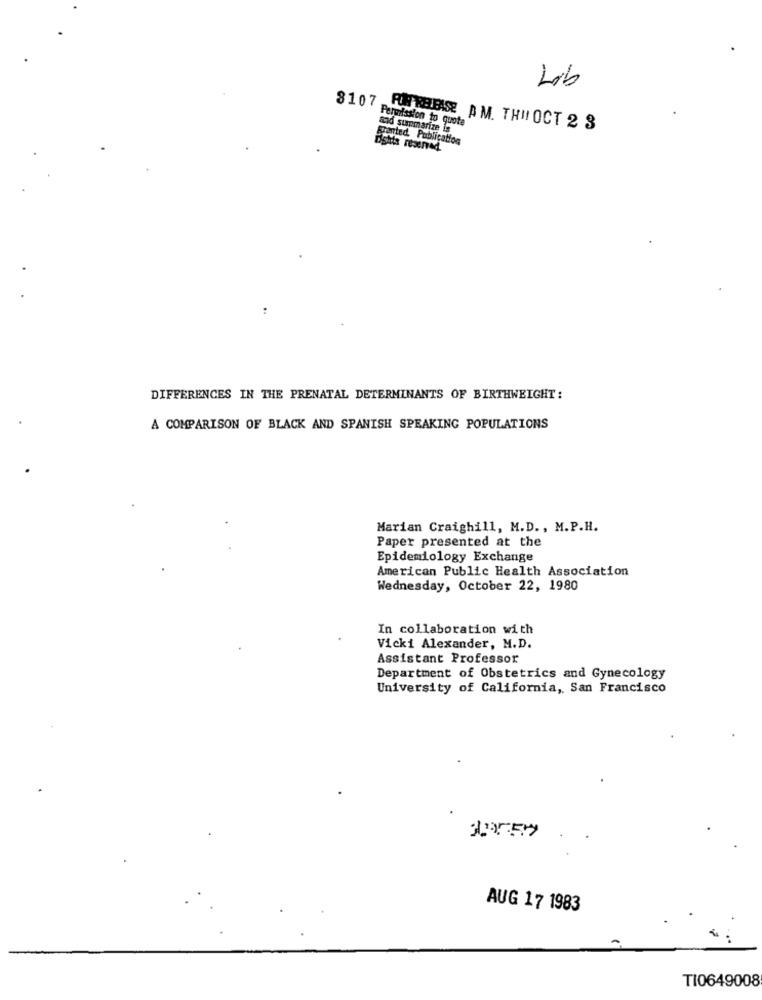
Lib
Permission to quote
8107 FJRBEISE AM. THINOCT 2 3
acid summarize is
granted. Publication
Dshis reserved
DIFFERENCES IN THE PRENATAL DETERMINANTS OF BIRTHWEIGHT :
A COMPARISON OF BLACK AND SPANISH SPEAKING POPULATIONS
Marian Craighill, M.D ., M.P.H.
Paper presented at the
Epidemiology Exchange
American Public Health Association
Wednesday, October 22, 1980
In collaboration with
Vicki Alexander, M.D.
Assistant Professor
Department of Obstetrics and Gynecology
University of California, San Francisco
AUG 17 1983
TI0649008